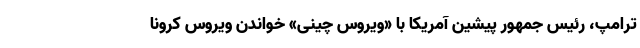
ترامپ، رئیس جمهور پیشین آمریکا با «ویروس چینی» خواندن ویروس کرونا